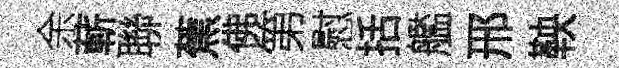
余蔪聯蕉佛第慰括艦邢鞅